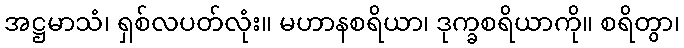
အဋ္ဌမာသံ၊ ရှစ်လပတ်လုံး။ မဟာနစရိယာ၊ ဒုက္ခစရိယာကို။ စရိတွာ၊